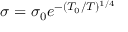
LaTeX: \sigma = \sigma _ { 0 } e ^ { - ( T _ { 0 } / T ) ^ { 1 / 4 } }